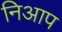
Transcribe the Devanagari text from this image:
निआप